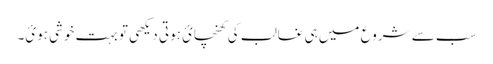
سب سے شروع میں ہی غالب کی کھنچائ ہوتی دیکھی تو بہت خوشی ہوئ۔